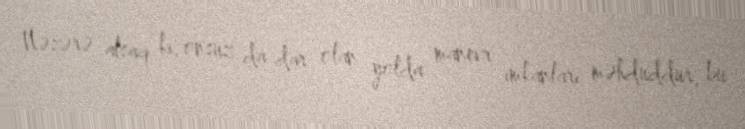
Nəzərə alsaq ki, onsuz da dar olan yolda manevr imkanları məhduddur, bu